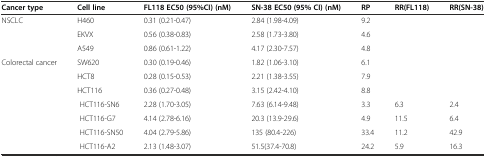
| Cancer type | Cell line | FL118 EC50 (95%CI) (nM) | SN-38 EC50 (95% CI) (nM) | RP | RR(FL118) | RR(SN-38) |
 | --- | --- | --- | --- | --- | --- | --- |
 | NSCLC | H460 | 0.31 (0.21-0.47) | 2.84 (1.98-4.09) | 9.2 |  |  |
 |  | EKVX | 0.56 (0.38-0.83) | 2.58 (1.73-3.80) | 4.6 |  |  |
 |  | A549 | 0.86 (0.61-1.22) | 4.17 (2.30-7.57) | 4.8 |  |  |
 | Colorectal cancer | SW620 | 0.30 (0.19-0.46) | 1.82 (1.06-3.10) | 6.1 |  |  |
 |  | HCT8 | 0.28 (0.15-0.53) | 2.21 (1.38-3.55) | 7.9 |  |  |
 |  | HCT116 | 0.36 (0.27-0.48) | 3.15 (2.42-4.10) | 8.8 |  |  |
 |  | HCT116-SN6 | 2.28 (1.70-3.05) | 7.63 (6.14-9.48) | 3.3 | 6.3 | 2.4 |
 |  | HCT116-G7 | 4.14 (2.78-6.16) | 20.3 (13.9-29.6) | 4.9 | 11.5 | 6.4 |
 |  | HCT116-SN50 | 4.04 (2.79-5.86) | 135 (80.4-226) | 33.4 | 11.2 | 42.9 |
 |  | HCT116-A2 | 2.13 (1.48-3.07) | 51.5(37.4-70.8) | 24.2 | 5.9 | 16.3 |